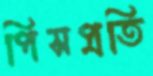
পিসপ্রতি